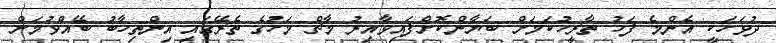
ދުވަހަކީ އެންމެ ފަހު ތާރީހުކަމަށް ބަޔާންކޮށްފައިވާއިރު މާޗް މަހުގެ ތެރޭގައި އިންތިހާބު ބޭއްވުމަށް